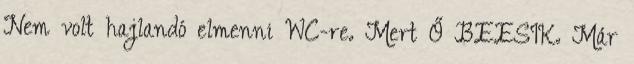
Nem volt hajlandó elmenni WC-re. Mert Ő BEESIK. Már